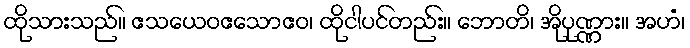
ထိုသားသည်။ ဧသယေဝဧသောဧဝ၊ ထိုငါပင်တည်း။ ဘောတိ၊ အိုပုဏ္ဏား။ အဟံ၊